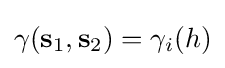
\gamma (\mathbf {s} _{1},\mathbf {s} _{2})=\gamma _{i}(h)